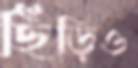
ছিঁড়িও